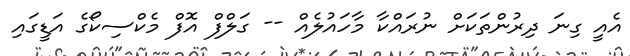
އެއީ ގިނަ ދިރުންތަކަށް ނުރައްކާ މާހައުލެއް -- ގަލްފް އޮފް މެކްސިކޯގެ އަޑީގައި